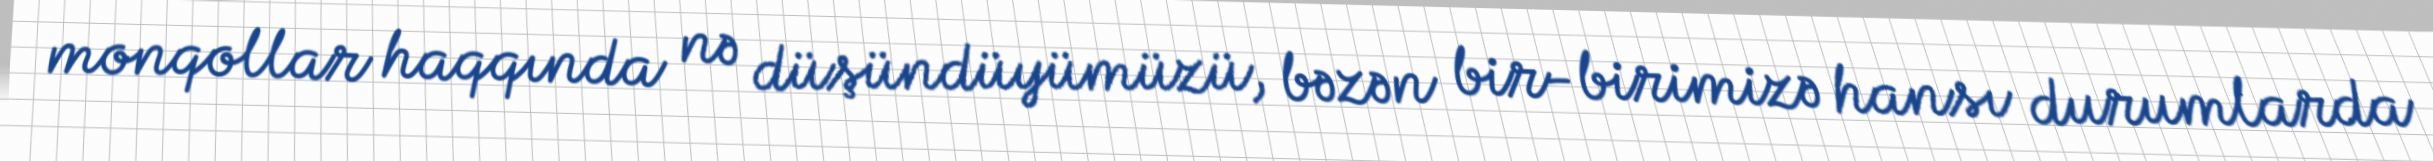
monqollar haqqında nə düşündüyümüzü, bəzən bir-birimizə hansı durumlarda